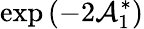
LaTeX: \exp\left(-2\mathcal{A}_{1}^{\ast}\right)